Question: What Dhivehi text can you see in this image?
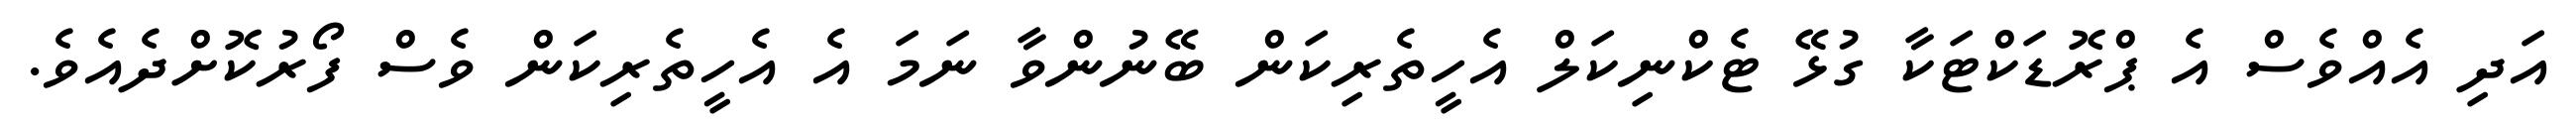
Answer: އަދި އެއްވެސް އެ ޕްރޮޑަކްޓަކާ ގުޅޭ ޓެކްނިކަލް އެހީތެރިކަން ބޭނުންވާ ނަމަ އެ އެހީތެރިކަން ވެސް ފޯރުކޮށްދެއެވެ.